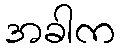
အခါက